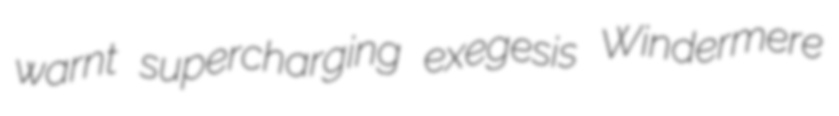
warnt supercharging exegesis Windermere